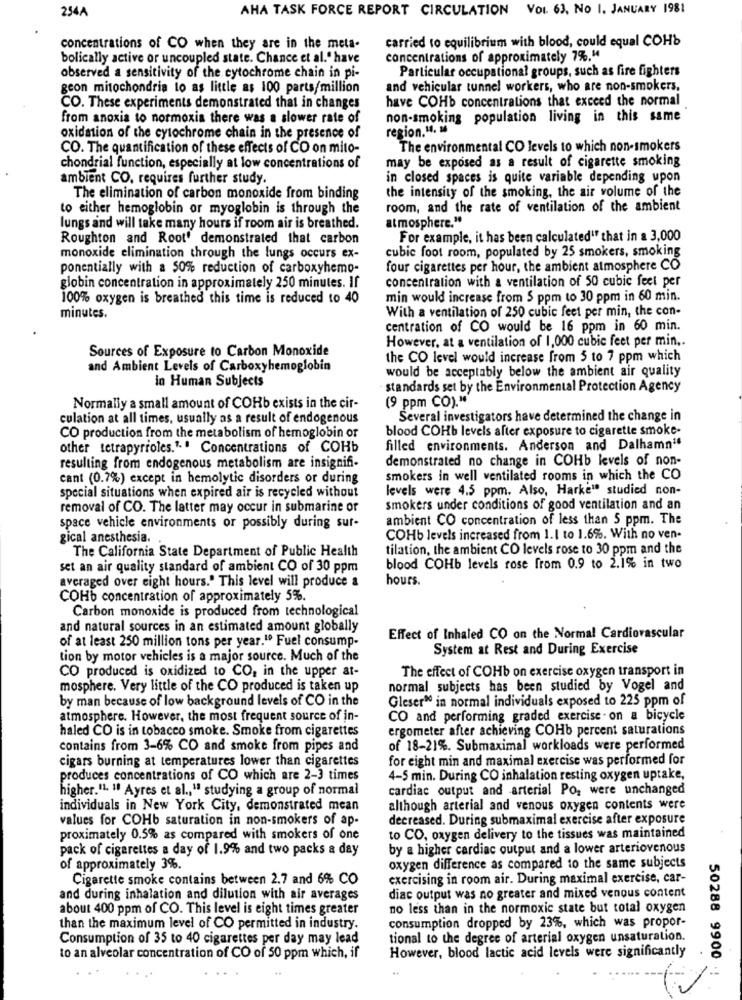
254A
AHA TASK FORCE REPORT CIRCULATION VOL. 63, NO I. JANUARY 1981
carried to equilibrium with blood, could equal COHb
concentrations of CO when they are in the meta-
bolically active or uncoupled state. Chance et al." have
concentrations of approximately 7%."
Particular occupational groups, such as fire fighters
observed a sensitivity of the cytochrome chain in pi-
geon mitochondria to as little as 100 parts/million
and vehicular tunnel workers, who are non-smokers,
have COHb concentrations that exceed the normal
CO. These experiments demonstrated that in changes
from anoxia to normoxia there was a slower rate of
non-smoking population living in this same
region. u. M
oxidation of the cytochrome chain in the presence of
CO. The quantification of these effects of CO on mito-
The environmental CO levels to which non-smokers
may be exposed as a result of cigarette smoking
chondrial function, especially at low concentrations of
ambient CO, requires further study.
in closed spaces is quite variable depending upon
the intensity of the smoking, the air volume of the
The elimination of carbon monoxide from binding
to either hemoglobin or myoglobin is through the
room, and the rate of ventilation of the ambient
lungs and will take many hours if room air is breathed.
atmosphere."
Roughton and Root' demonstrated that carbon
For example, it has been calculated" that in a 3,000
cubic foot room, populated by 25 smokers, smoking
monoxide elimination through the lungs occurs ex-
ponentially with a 50% reduction of carboxyhemo-
four cigarettes per hour, the ambient atmosphere CO
concentration with a ventilation of 50 cubic feet per
globin concentration in approximately 250 minutes. If
100% oxygen is breathed this time is reduced to 40
min would increase from $ ppm to 30 ppm in 60 min.
With a ventilation of 250 cubic feet per min, the con-
minutes.
centration of CO would be 16 ppm in 60 min.
However, at a ventilation of 1,000 cubic feet per min ..
Sources of Exposure to Carbon Monoxide
the CO level would increase from 5 to 7 ppm which
and Ambient Levels of Carboxyhemoglobin
would be acceptably below the ambient air quality
in Human Subjects
standards set by the Environmental Protection Agency
(9 ppm CO)."
Normally a small amount of COHb exists in the cir-
culation at all times, usually as a result of endogenous
Several investigators have determined the change in
blood COHb levels after exposure to cigarette smoke-
CO production from the metabolism of hemoglobin or
other tetrapyrroles." .. Concentrations of COHb
filled environments. Anderson and Dalhamn#
demonstrated no change in COHb levels of non-
resulting from endogenous metabolism are insignifi-
cant (0.7%) except in hemolytic disorders or during
smokers in well ventilated rooms in which the CO
levels were 4.5 ppm. Also, Harke" studied non-
special situations when expired air is recycled without
removal of CO. The latter may occur in submarine or
smokers under conditions of good ventilation and an
ambient CO concentration of less than 5 ppm. The
space vehicle environments or possibly during sur-
gical anesthesia.
COHb levels increased from 1.1 to 1.6%. With no ven-
The California State Department of Public Health
tilation, the ambient CO levels rose to 30 ppm and the
set an air quality standard of ambient CO of 30 ppm
blood COHb levels rose from 0.9 to 2.1% in two
averaged over eight hours." This level will produce a
hours.
COHb concentration of approximately 5%.
Carbon monoxide is produced from technological
and natural sources in an estimated amount globally
of at least 250 million tons per year."º Fuel consump-
Effect of Inhaled CO on the Normal Cardiovascular
System at Rest and During Exercise
tion by motor vehicles is a major source. Much of the
CO produced is oxidized to CO, in the upper at-
The effect of COHb on exercise oxygen transport in
mosphere. Very little of the CO produced is taken up
normal subjects has been studied by Vogel and
by man because of low background levels of CO in the
Gleser™ in normal individuals exposed to 225 ppm of
atmosphere. However, the most frequent source of in-
CO and performing graded exercise . on a bicycle
haled CO is in tobacco smoke. Smoke from cigarettes
ergometer after achieving COHb percent saturations
contains from 3-6% CO and smoke from pipes and
of 18-21%. Submaximal workloads were performed
cigars burning at temperatures lower than cigarettes
for eight min and maximal exercise was performed for
produces concentrations of CO which are 2-3 times
4-5 min. During CO inhalation resting oxygen uptake,
higher."1. " Ayres et al ., " studying a group of normal
cardiac output and arterial PO, were unchanged
individuals in New York City, demonstrated mean
although arterial and venous oxygen contents were
values for COHb saturation in non-smokers of ap-
decreased. During submaximal exercise after exposure
proximately 0.5% as compared with smokers of one
to CO, oxygen delivery to the tissues was maintained
pack of cigarettes a day of 1.9% and two packs a day
by a higher cardiac output and a lower arteriovenous
of approximately 3%.
oxygen difference as compared to the same subjects
Cigarette smoke contains between 2.7 and 6% CO
exercising in room air. During maximal exercise, car-
and during inhalation and dilution with air averages
diac output was no greater and mixed venous content
about 400 ppm of CO. This level is eight times greater
no less than in the normoxic state but total oxygen
than the maximum level of CO permitted in industry.
consumption dropped by 23%, which was propor-
Consumption of 35 to 40 cigarettes per day may lead
tional to the degree of arterial oxygen unsaturation.
However, blood lactic acid levels were significantly
to an alveolar concentration of CO of 50 ppm which, if
50288 9900 ·!